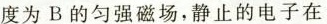
度为B的匀强磁场，静止的电子在